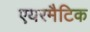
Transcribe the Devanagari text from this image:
एयरमैटिक